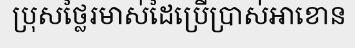
ប្រុសថ្លៃរមាស់ដៃប្រើប្រាស់អាខោន